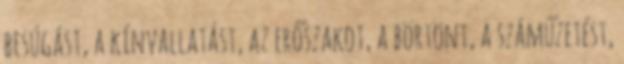
besúgást, a kínvallatást, az erőszakot, a börtönt, a száműzetést,